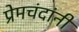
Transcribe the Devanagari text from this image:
प्रेमचंदांनी